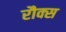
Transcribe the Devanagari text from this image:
रौक्स